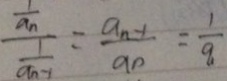
\frac { \frac { 1 } { a n } } { \frac { 1 } { a n - 1 } } = \frac { a n - 1 } { a n } = \frac { 1 } { q }